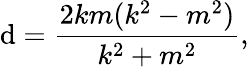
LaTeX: \mathrm{d}={\frac{{2km(k^{2}-m^{2})}}{{k^{2}+m^{2}}}},